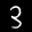
Label: 3